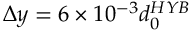
\Delta y = 6 \times 1 0 ^ { - 3 } d _ { 0 } ^ { H Y B }